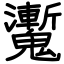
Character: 魙